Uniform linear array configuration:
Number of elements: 48
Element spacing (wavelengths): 0.5
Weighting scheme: uniform
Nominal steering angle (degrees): -60
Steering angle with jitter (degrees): -58.468
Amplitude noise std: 0.05
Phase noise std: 0.05

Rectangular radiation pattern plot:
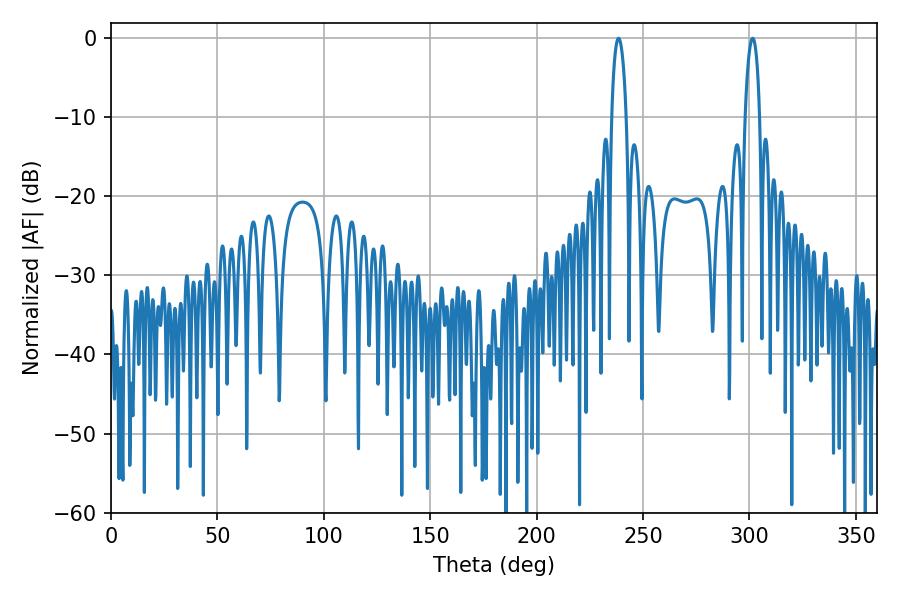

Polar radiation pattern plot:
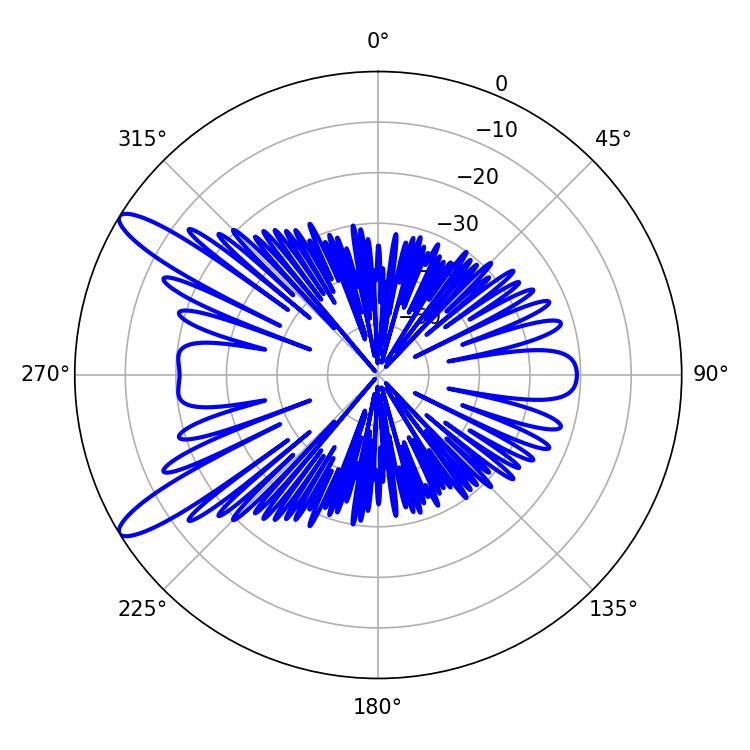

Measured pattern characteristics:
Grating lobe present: FALSE
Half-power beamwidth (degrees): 3.96
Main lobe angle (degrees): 301.5